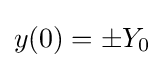
y(0)=\pm Y_{0}